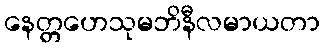
နေတ္တဟေသုမဘိနီလမာယတာ